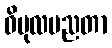
ဝိပုလပညတာ